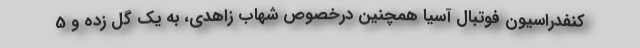
کنفدراسیون فوتبال آسیا همچنین درخصوص شهاب زاهدی، به یک گل زده و 5